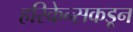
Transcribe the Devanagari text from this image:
हरिकेन्सकडून